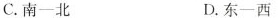
C.南一北 D.东一西